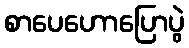
စာပေဟောပြောပွဲ